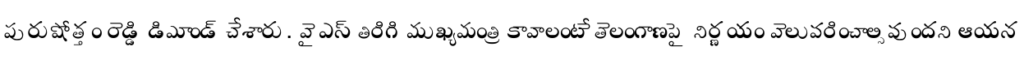
పురుషోత్తం రెడ్డి డిమాండ్ చేశారు. వైఎస్ తిరిగి ముఖ్యమంత్రి కావాలంటే తెలంగాణపై నిర్ణయం వెలువరించాల్సివుందని ఆయన